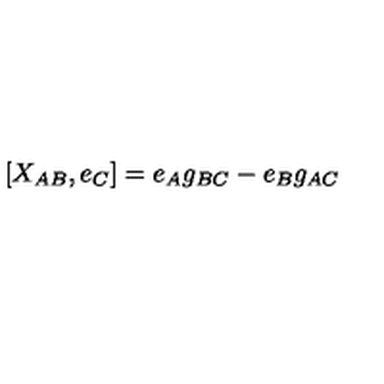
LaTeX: [ X _ { A B } , e _ { C } ] = e _ { A } g _ { B C } - e _ { B } g _ { A C }